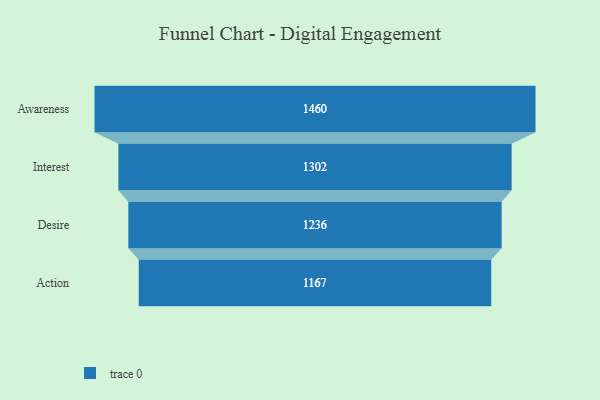
{"axis": {"x": "Stage", "y": "Value"}, "legend": [""], "data": [{"x": "Awareness", "y": 1460.0, "type": ""}, {"x": "Interest", "y": 1302.0, "type": ""}, {"x": "Desire", "y": 1236.0, "type": ""}, {"x": "Action", "y": 1167.0, "type": ""}]}